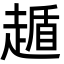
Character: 䞺